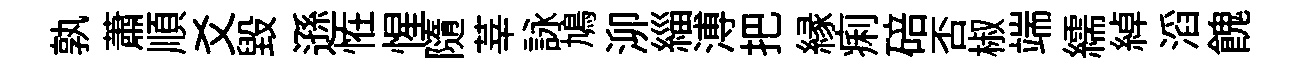
孰蕭順爻毀遜恠惺隨莘詠鳩泖緇溥把縁痢碚否椒端繻綽滔餽